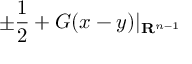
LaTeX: \pm { \frac { 1 } { 2 } } + G ( x - y ) | _ { \mathbf { R } ^ { n - 1 } }